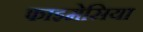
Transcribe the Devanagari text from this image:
फाइमेसिया